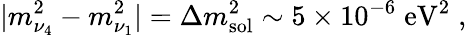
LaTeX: |m_{\nu_{4}}^{2}-m_{\nu_{1}}^{2}|=\Delta m_{\mathrm{sol}}^{2}\sim 5\times 10^{-6}\; \mathrm{eV}^{2}\; ,